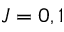
J = 0 , 1